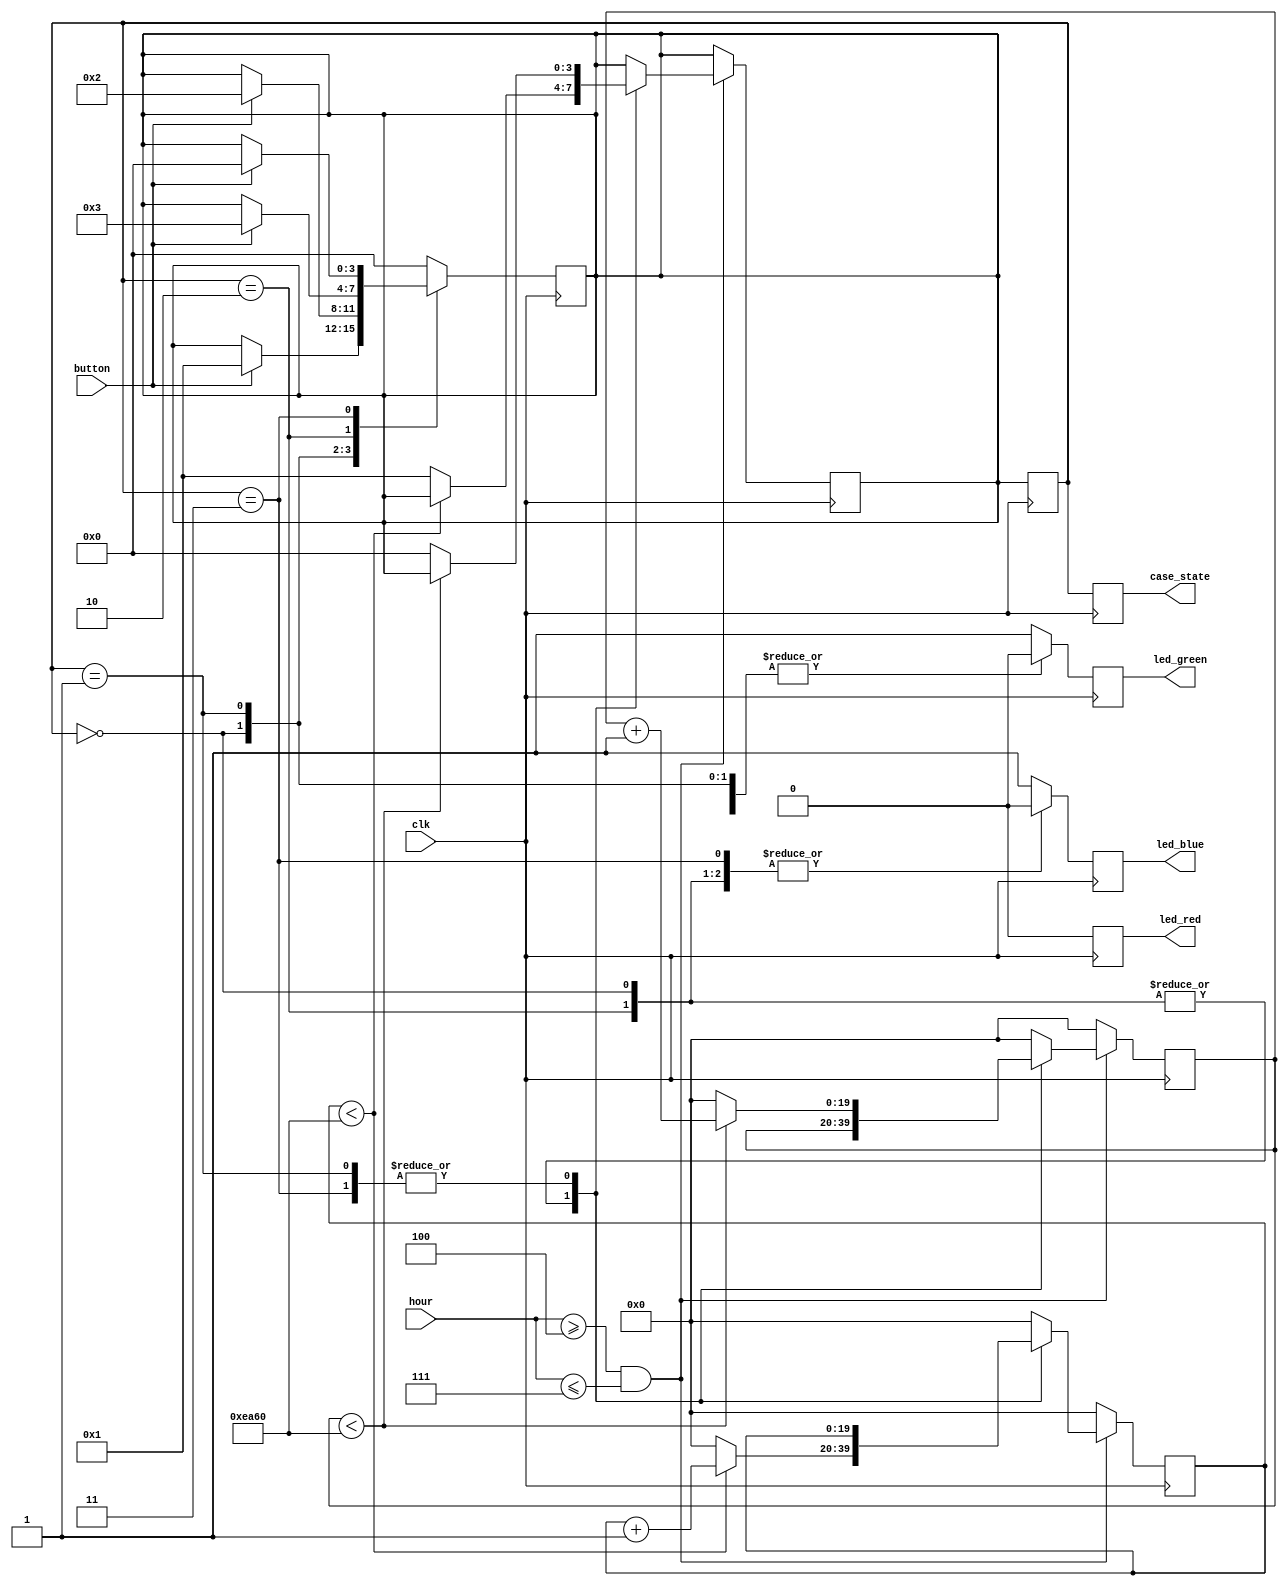
module LightControl (
  input wire clk,              // saat sinyali
  input wire button,           // ama/kapatma dmesi
  input wire[3:0] hour,        // saat bilgisi
  output reg led_red,          // Krmz LED k
  output reg led_blue,         // Mavi LED k
  output reg led_green,        // Yeil LED k
  output reg [3:0] case_state
);

  // Durum tanmlamalar
  reg [3:0] next_state;
  reg [3:0] current_state;

  // Zaman sayalar
  reg [19:0] yellow_counter;
  reg [19:0] purple_counter;
  
  // Zaman parametrelerini tanmlyoruz
  parameter [3:0] START_HOUR = 20; // Balang saatini belirliyoruz
  parameter [3:0] END_HOUR = 23;   // Biti saatini belirliyoruz
  parameter [19:0] MINUTE_COUNT = 60000; // LED'in yanma sresini belirliyoruz (60 saniye x 1000)

  always @(posedge clk) begin
    current_state <= next_state;

    case (current_state)
      4'b0000: begin
        if (button == 1'b1) next_state <= 4'b0001;
      end
      4'b0001: begin
        if (button == 1'b1) next_state <= 4'b0010;
      end
      4'b0010: begin
        if (button == 1'b1) next_state <= 4'b0011;
      end
      4'b0011: begin
        if (button == 1'b1) next_state <= 4'b0000;
      end
      default: next_state <= 4'b0000;
    endcase

  end

  always @(posedge clk) begin
    case_state <= current_state;
  end

  always @(posedge clk) begin
    case (current_state)
      4'b0000: 
        begin
          led_red <= 0;
          led_green <= 0;
          led_blue <= 0;
        end
      4'b0001: 
        begin
          led_red <= 0;
          led_blue <= 1;
          led_green <= 0;
        end
      4'b0010: 
        begin
          led_red <= 0;
          led_green <= 0;
          led_blue <= 0;
        end
      4'b0011: 
        begin
          led_red <= 0;
          led_blue <= 0;
          led_green <= 1;
        end
      default: 
        begin
          led_red <= 0;
          led_green <= 1;
          led_blue <= 1;
        end
    endcase
  end
  

  always @(posedge clk) begin
    if (hour >= START_HOUR && hour <= END_HOUR) begin
      case (current_state)
        4'b0000, 4'b0010: begin
          if (yellow_counter < MINUTE_COUNT)
            yellow_counter <= yellow_counter + 1;
          else begin
            yellow_counter <= 0;
            next_state <= 4'b0001;
          end
        end
        4'b0001, 4'b0011: begin
          if (purple_counter < MINUTE_COUNT)
            purple_counter <= purple_counter + 1;
          else begin
            purple_counter <= 0;
            next_state <= 4'b0000;
          end
        end
        default: begin
          yellow_counter <= 0;
          purple_counter <= 0;
        end
      endcase
    end
    else begin
      yellow_counter <= 0;
      purple_counter <= 0;
    end
  end

  
endmodule